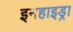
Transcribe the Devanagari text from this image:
इनहाइड्रा